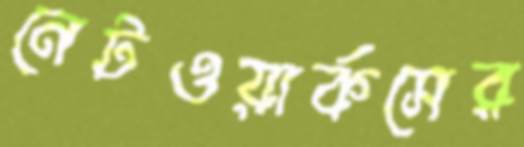
নেটওয়ার্কসের